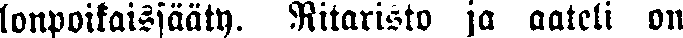
lonpoikaissääty. Ritaristo ja aateli on